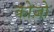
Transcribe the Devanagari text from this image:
कोज़ो